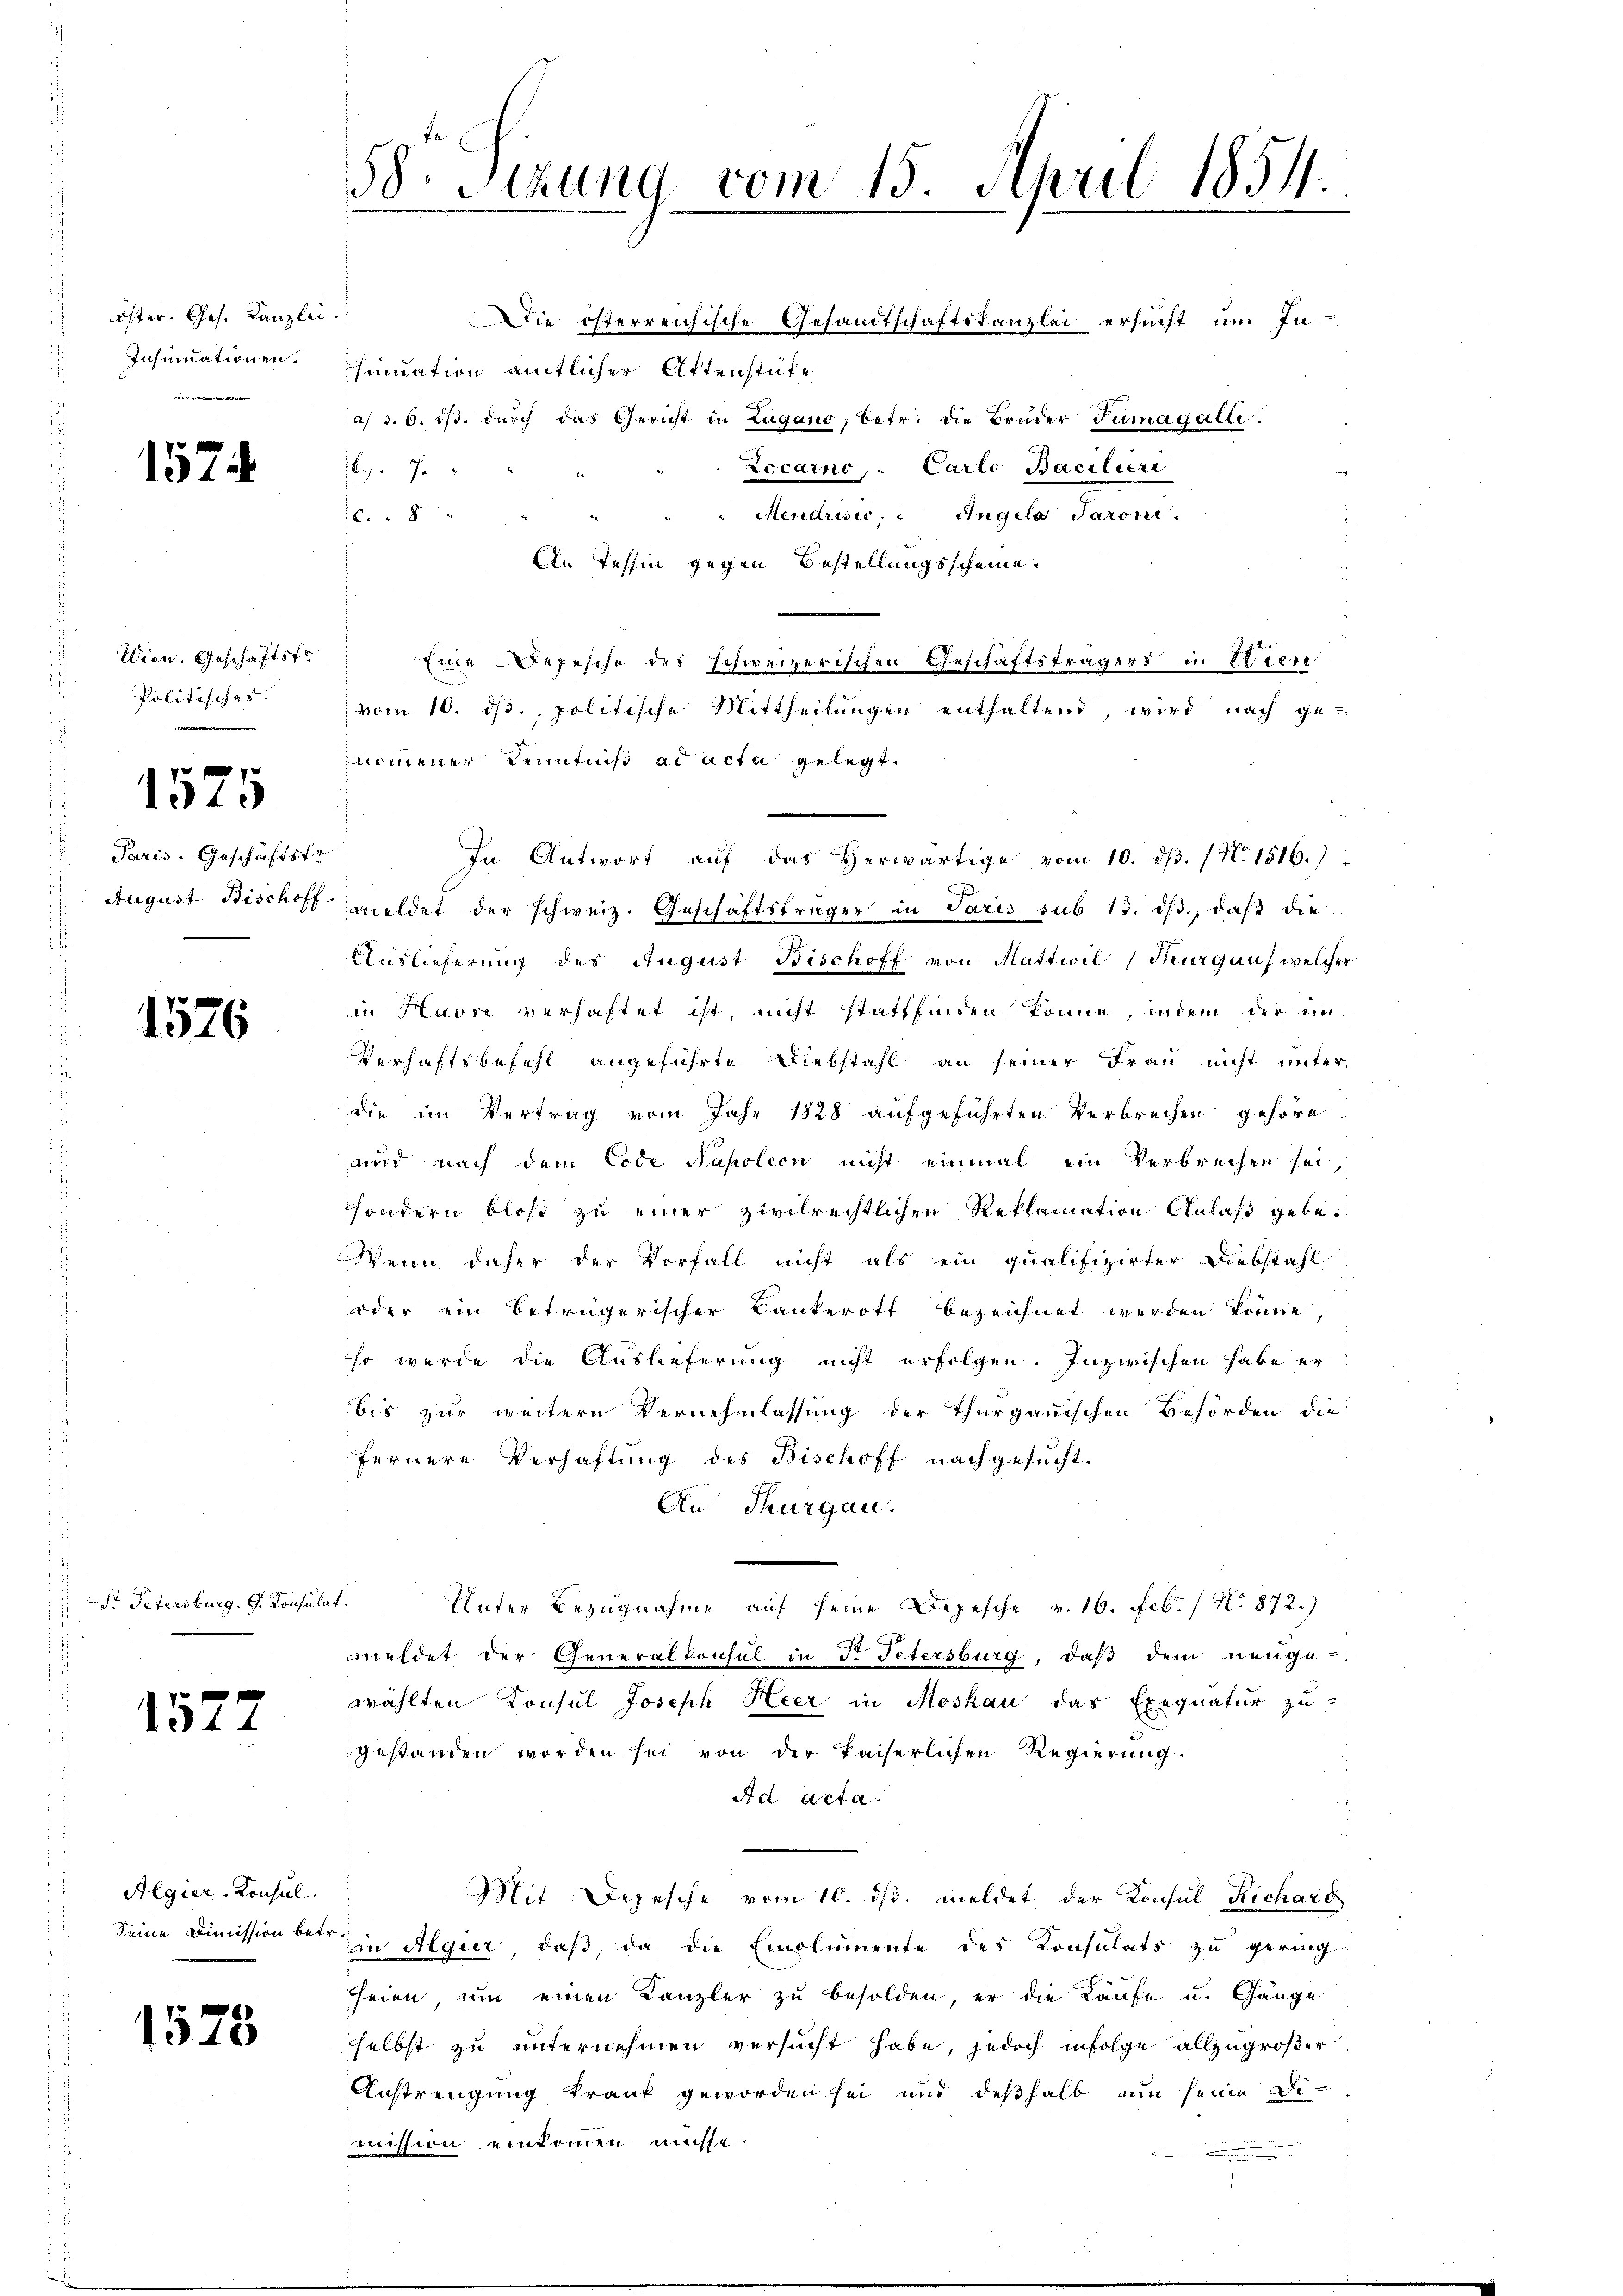
öster. Ges. Kanzlei.
Insinuationen.

1574

Wien. Geschäftsfr
Politisches.

1575

Paris. Geschäftsfr.

1526

St Petersburg. G. Konsulat

1577

Algier-Konsul
Seine Dimission betr.

1528

58. Sitzung vom 15. April 1854.

Die österreichische Gesandtschaftskanzlei ersucht um In-
sinuation amtlicher Aktenstüke
a 3. 6. dβ. durch das Gericht in Zugano, betr. die Brüder Tumagalle.
Locarno. Carlo Baciliere
26. J
Mendrisis, Angela Paroni.
6
An Tessin gegen Bestellungsscheine.
Eine Depesche des schweizerischen Geschäftsträgers in Seien
vom 10. ds., politische Mittheilungen enthaltend, wird nach ge-
nommener Kenntnis ad acta gelegt.
In Antwort aŭf das herwärtige vom 10. dβ. (N. 1516.)
August Bischoff mildet der schweiz. Geschäftsträger in Paris sub 13. ds., daß die
Auslieferung des August Bischoff von Mattwil Kurgauf welcher
in Havre verhaftet ist, nicht stattfinden könne, indem der un¬
Verhaftsbefehl angeführte Diebstahl an seiner Frau nicht unter
die im Vertrag vom Jahr 1828 aufgeführten Verbrechen gehöre
and nach dem Code Napoleon nicht einmal ein Verbrechen sei,
sondern bloß zu einer zivilrechtlichen Reklamation Anlaß gebe¬
Wenn daher der Vorfall nicht als ein qualifizirter Diebstahl
oder ein beträgerischer Bankerott bezeichnet werden könne,
so werde die Auslieferung nicht erfolgen. Inzwischen habe er
bis zur weitere Vernehmlassung der Thurgauischen Behörden die
fernere Verhaftung des Bischoff nachgesucht.
An Thurgau.
Unter Bezugnahme auf seine Depesche v. 16. Febr. 1 No 872.)
meldet der Generalkonsul in Dr. Petersburg, daß dem neuge
wählten Konsul Joseph Heer in Moskau das Exequatur zu-
gestanden worden sei von der kaiserlichen Regierung.
Ad acta.
Mit Depesche vom 10. ds. meldet der Konsul Richarg
an Algier, daß, da die Emolumente des Konsulats zu geringseien, um einen Kanzler zu besolden, er die Käufe u. Gänge
sselbst zu unternehmen versucht habe, jedoch infolge allzugroßer
Anstrengung krank geworden sei und deßhalb nun seine De-
mission einkommen müsse.